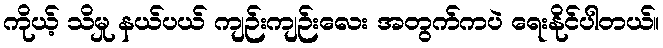
ကိုယ့် သိမှု နယ်ပယ် ကျဉ်းကျဉ်းလေး အတွက်ကပဲ ရေးနိုင်ပါတယ်။